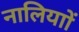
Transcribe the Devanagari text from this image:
नालियाों